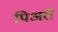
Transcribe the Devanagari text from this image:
पिअरो